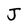
Character: J